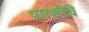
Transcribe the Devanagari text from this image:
पारशीचे